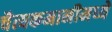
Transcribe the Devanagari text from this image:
चैत्यकमानीमध्ये